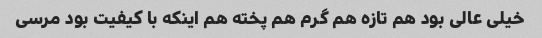
خیلی عالی بود هم تازه هم گرم هم پخته هم اینکه با کیفیت بود مرسی